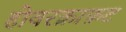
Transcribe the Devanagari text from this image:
होवरक्राफ़ट